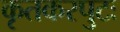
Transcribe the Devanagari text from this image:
कृतकरपुटः